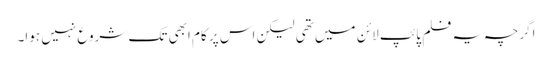
اگرچہ یہ فلم پائپ لائن میں تھی لیکن اس پر کام ابھی تک شروع نہیں ہوا۔